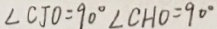
\angle C J O = 9 0 ^ { \circ } \angle C H O = 9 0 ^ { \circ }